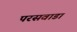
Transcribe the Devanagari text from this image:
परसवाडा